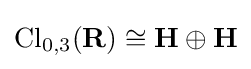
\mathrm {Cl} _{0,3}(\mathbf {R} )\cong \mathbf {H} \oplus \mathbf {H}